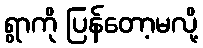
ရွာကို ပြန်တော့မလို့